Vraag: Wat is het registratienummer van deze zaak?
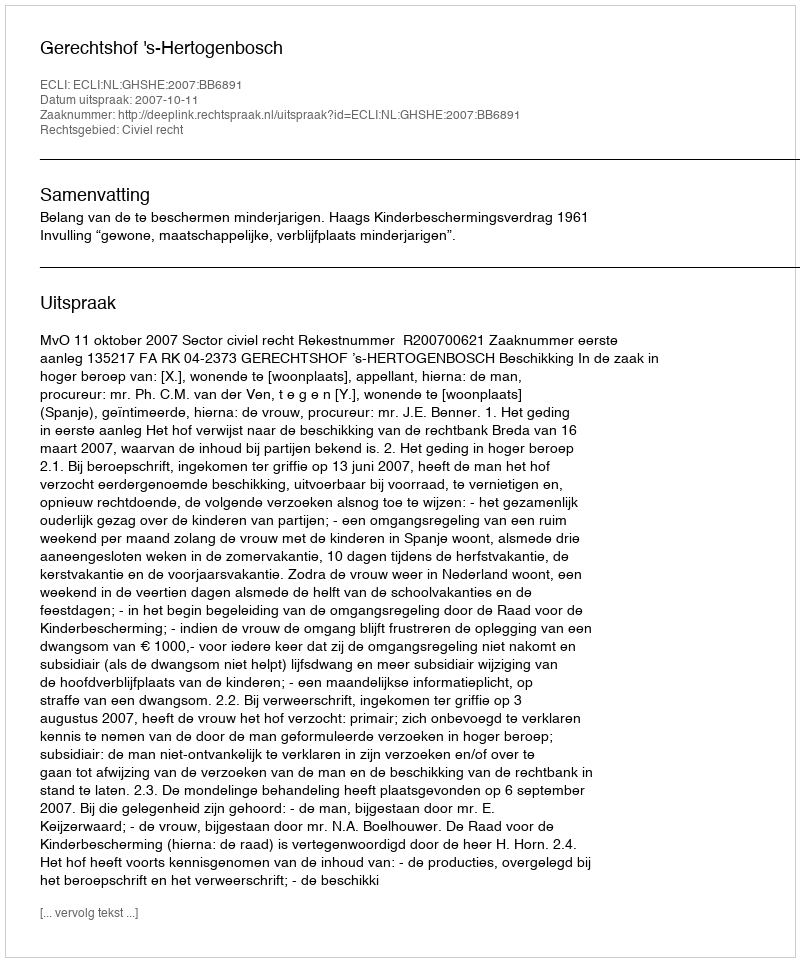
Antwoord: http://deeplink.rechtspraak.nl/uitspraak?id=ECLI:NL:GHSHE:2007:BB6891